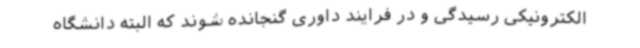
الکترونیکی رسیدگی و در فرایند داوری گنجانده شوند که البته دانشگاه